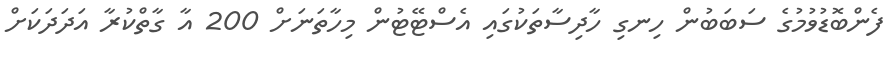
ފެންބޮޑުވުމުގެ ސަބަބުން ހިނގި ހާދިސާތަކުގައި އެސްޓޭޓުން މިހާތަނަށް 200 އާ ގާތްކުރާ އަދަދަކަށް